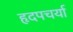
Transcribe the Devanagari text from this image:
हृदपचर्या